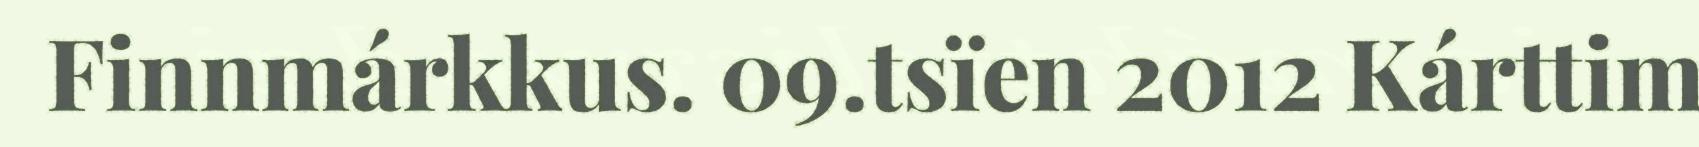
Finnmárkkus. 09.tsïen 2012 Kárttim